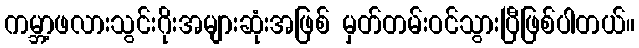
ကမ္ဘာ့ဖလားသွင်းဂိုးအများဆုံးအဖြစ် မှတ်တမ်းဝင်သွားပြီဖြစ်ပါတယ်။